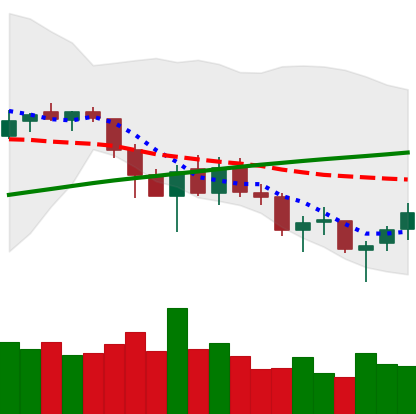
Ticker: LTC-USD
Chart end date: 2018-03-20
Forward return: -5.173%
Label: down_5_7